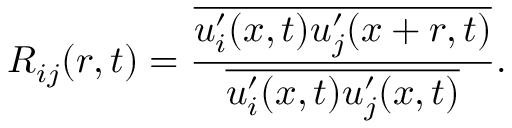
R _ { i j } ( r , t ) = \frac { \overline { { u _ { i } ^ { \prime } ( x , t ) u _ { j } ^ { \prime } ( x + r , t ) } } } { \overline { { u _ { i } ^ { \prime } ( x , t ) u _ { j } ^ { \prime } ( x , t ) } } } .